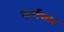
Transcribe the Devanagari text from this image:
कर्यभार